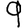
Digit: 9